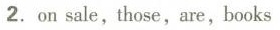
2. on sale, those, are, books